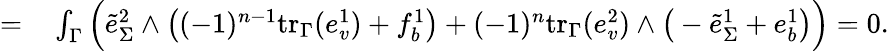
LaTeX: \begin{array}{rl}{=}&{{}\int_{\Gamma}\Big(\tilde{e}_{\Sigma}^{2}\wedge\big((-1)^{n-1}\mathrm{tr}_{\Gamma}(e_{v}^{1})+f_{b}^{1}\big)+(-1)^{n}\mathrm{tr}_{\Gamma}(e_{v}^{2})\wedge\big(-\tilde{e}_{\Sigma}^{1}+e_{b}^{1}\big)\Big)=0.}\end{array}